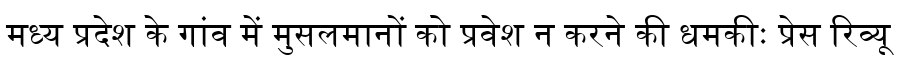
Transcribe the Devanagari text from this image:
मध्य प्रदेश के गांव में मुसलमानों को प्रवेश न करने की धमकीः प्रेस रिव्यू